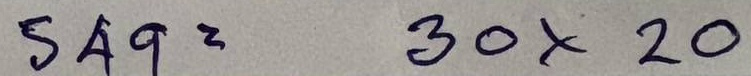
549 = 30 x 20